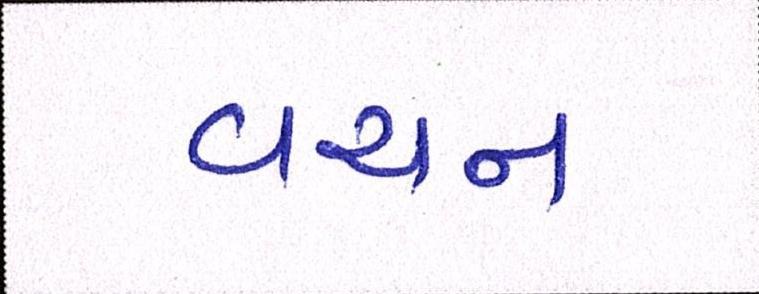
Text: વચન